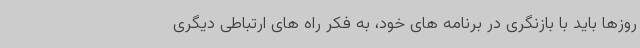
روزها باید با بازنگری در برنامه های خود، به فکر راه های ارتباطی دیگری